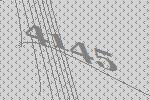
4145